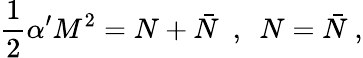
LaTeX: \frac{1}{2}\alpha^{\prime}M^{2}=N+\bar{N}\ \ ,\ \ N=\bar{N}\ ,